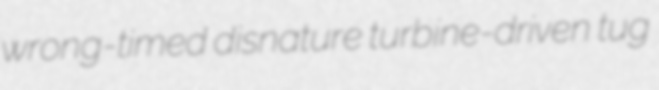
wrong-timed disnature turbine-driven tug